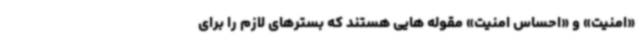
«امنیت» و «احساس امنیت» مقوله هایی هستند که بسترهای لازم را برای